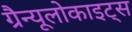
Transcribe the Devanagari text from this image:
ग्रैन्यूलोकाइट्स